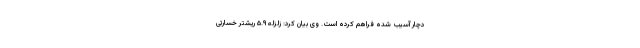
دچار آسیب شده فراهم کرده‌ است. وی بیان کرد: زلزله ۵.۹ ریشتر خسارتی